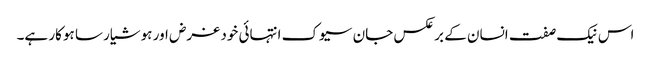
اس نیک صفت انسان کے بر عکس جان سیوک انتہائی خود غرض اور ہوشیار سا ہوکار ہے۔